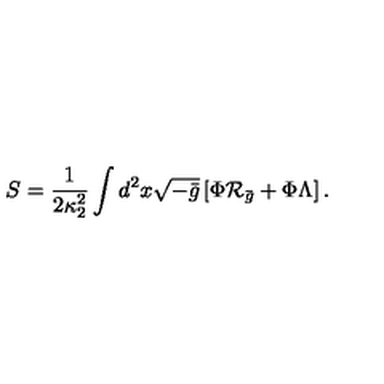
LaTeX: S = { \frac { 1 } { 2 \kappa _ { 2 } ^ { 2 } } } \int d ^ { 2 } x \sqrt { - \bar { g } } \left[ \Phi { \cal R } _ { \bar { g } } + \Phi \Lambda \right] .